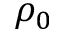
\rho _ { 0 }